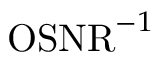
\mathrm { O S N R } ^ { - 1 }